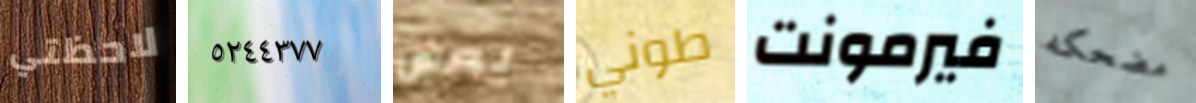
لاحظتي ٥٢٤٤٣٧٧ يعض طوني فيرمونت مضحكه